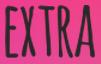
EXTRA